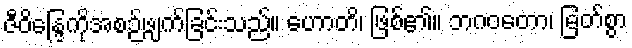
ဇီဝိန္ဒြေကိုအစဉ်ဖျက်ခြင်းသည်။ ဟောတိ၊ ဖြစ်၏။ ဘဂဝတော၊ မြတ်စွာ